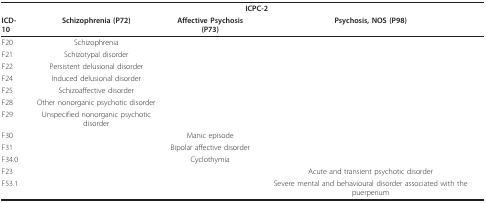
|  | <COLSPAN=3> ICPC-2 |
 | ICD-10 | Schizophrenia (P72) | Affective Psychosis (P73) | Psychosis, NOS (P98) |
 | --- | --- | --- | --- |
 | F20 | Schizophrenia |  |  |
 | F21 | Schizotypal disorder |  |  |
 | F22 | Persistent delusional disorder |  |  |
 | F24 | Induced delusional disorder |  |  |
 | F25 | Schizoaffective disorder |  |  |
 | F28 | Other nonorganic psychotic disorder |  |  |
 | F29 | Unspecified nonorganic psychotic disorder |  |  |
 | F30 |  | Manic episode |  |
 | F31 |  | Bipolar affective disorder |  |
 | F34.0 |  | Cyclothymia |  |
 | F23 |  |  | Acute and transient psychotic disorder |
 | F53.1 |  |  | Severe mental and behavioural disorder associated with the puerperium |